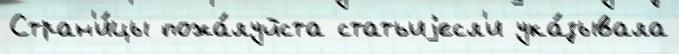
Стран'и́цы пожа́луйста статьиjесл'и ука́зывала